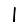
Digit: 1